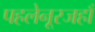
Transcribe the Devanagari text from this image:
पहलेनूरजहाँ